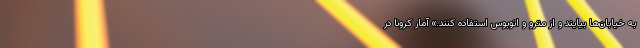
به خیابان‌ها بیایند و از مترو و اتوبوس استفاده کنند.» آمار کرونا در